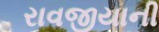
રાવજીયાની